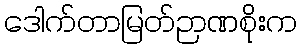
ဒေါက်တာမြတ်ဉာဏစိုးက